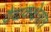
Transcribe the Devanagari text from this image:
वैद्यकक्षेत्रात